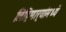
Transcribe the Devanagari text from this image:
लिहिणार्‍यांमध्ये